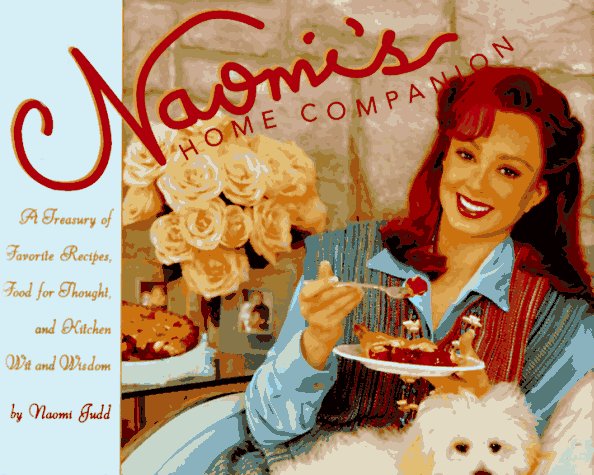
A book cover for Naomi's Home Companion: A Treasury of Favorite Recipes, Food for Thought and Country Wit and Wisdom; Naomi Judd; Humor & Entertainment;